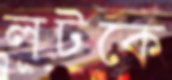
লটকে